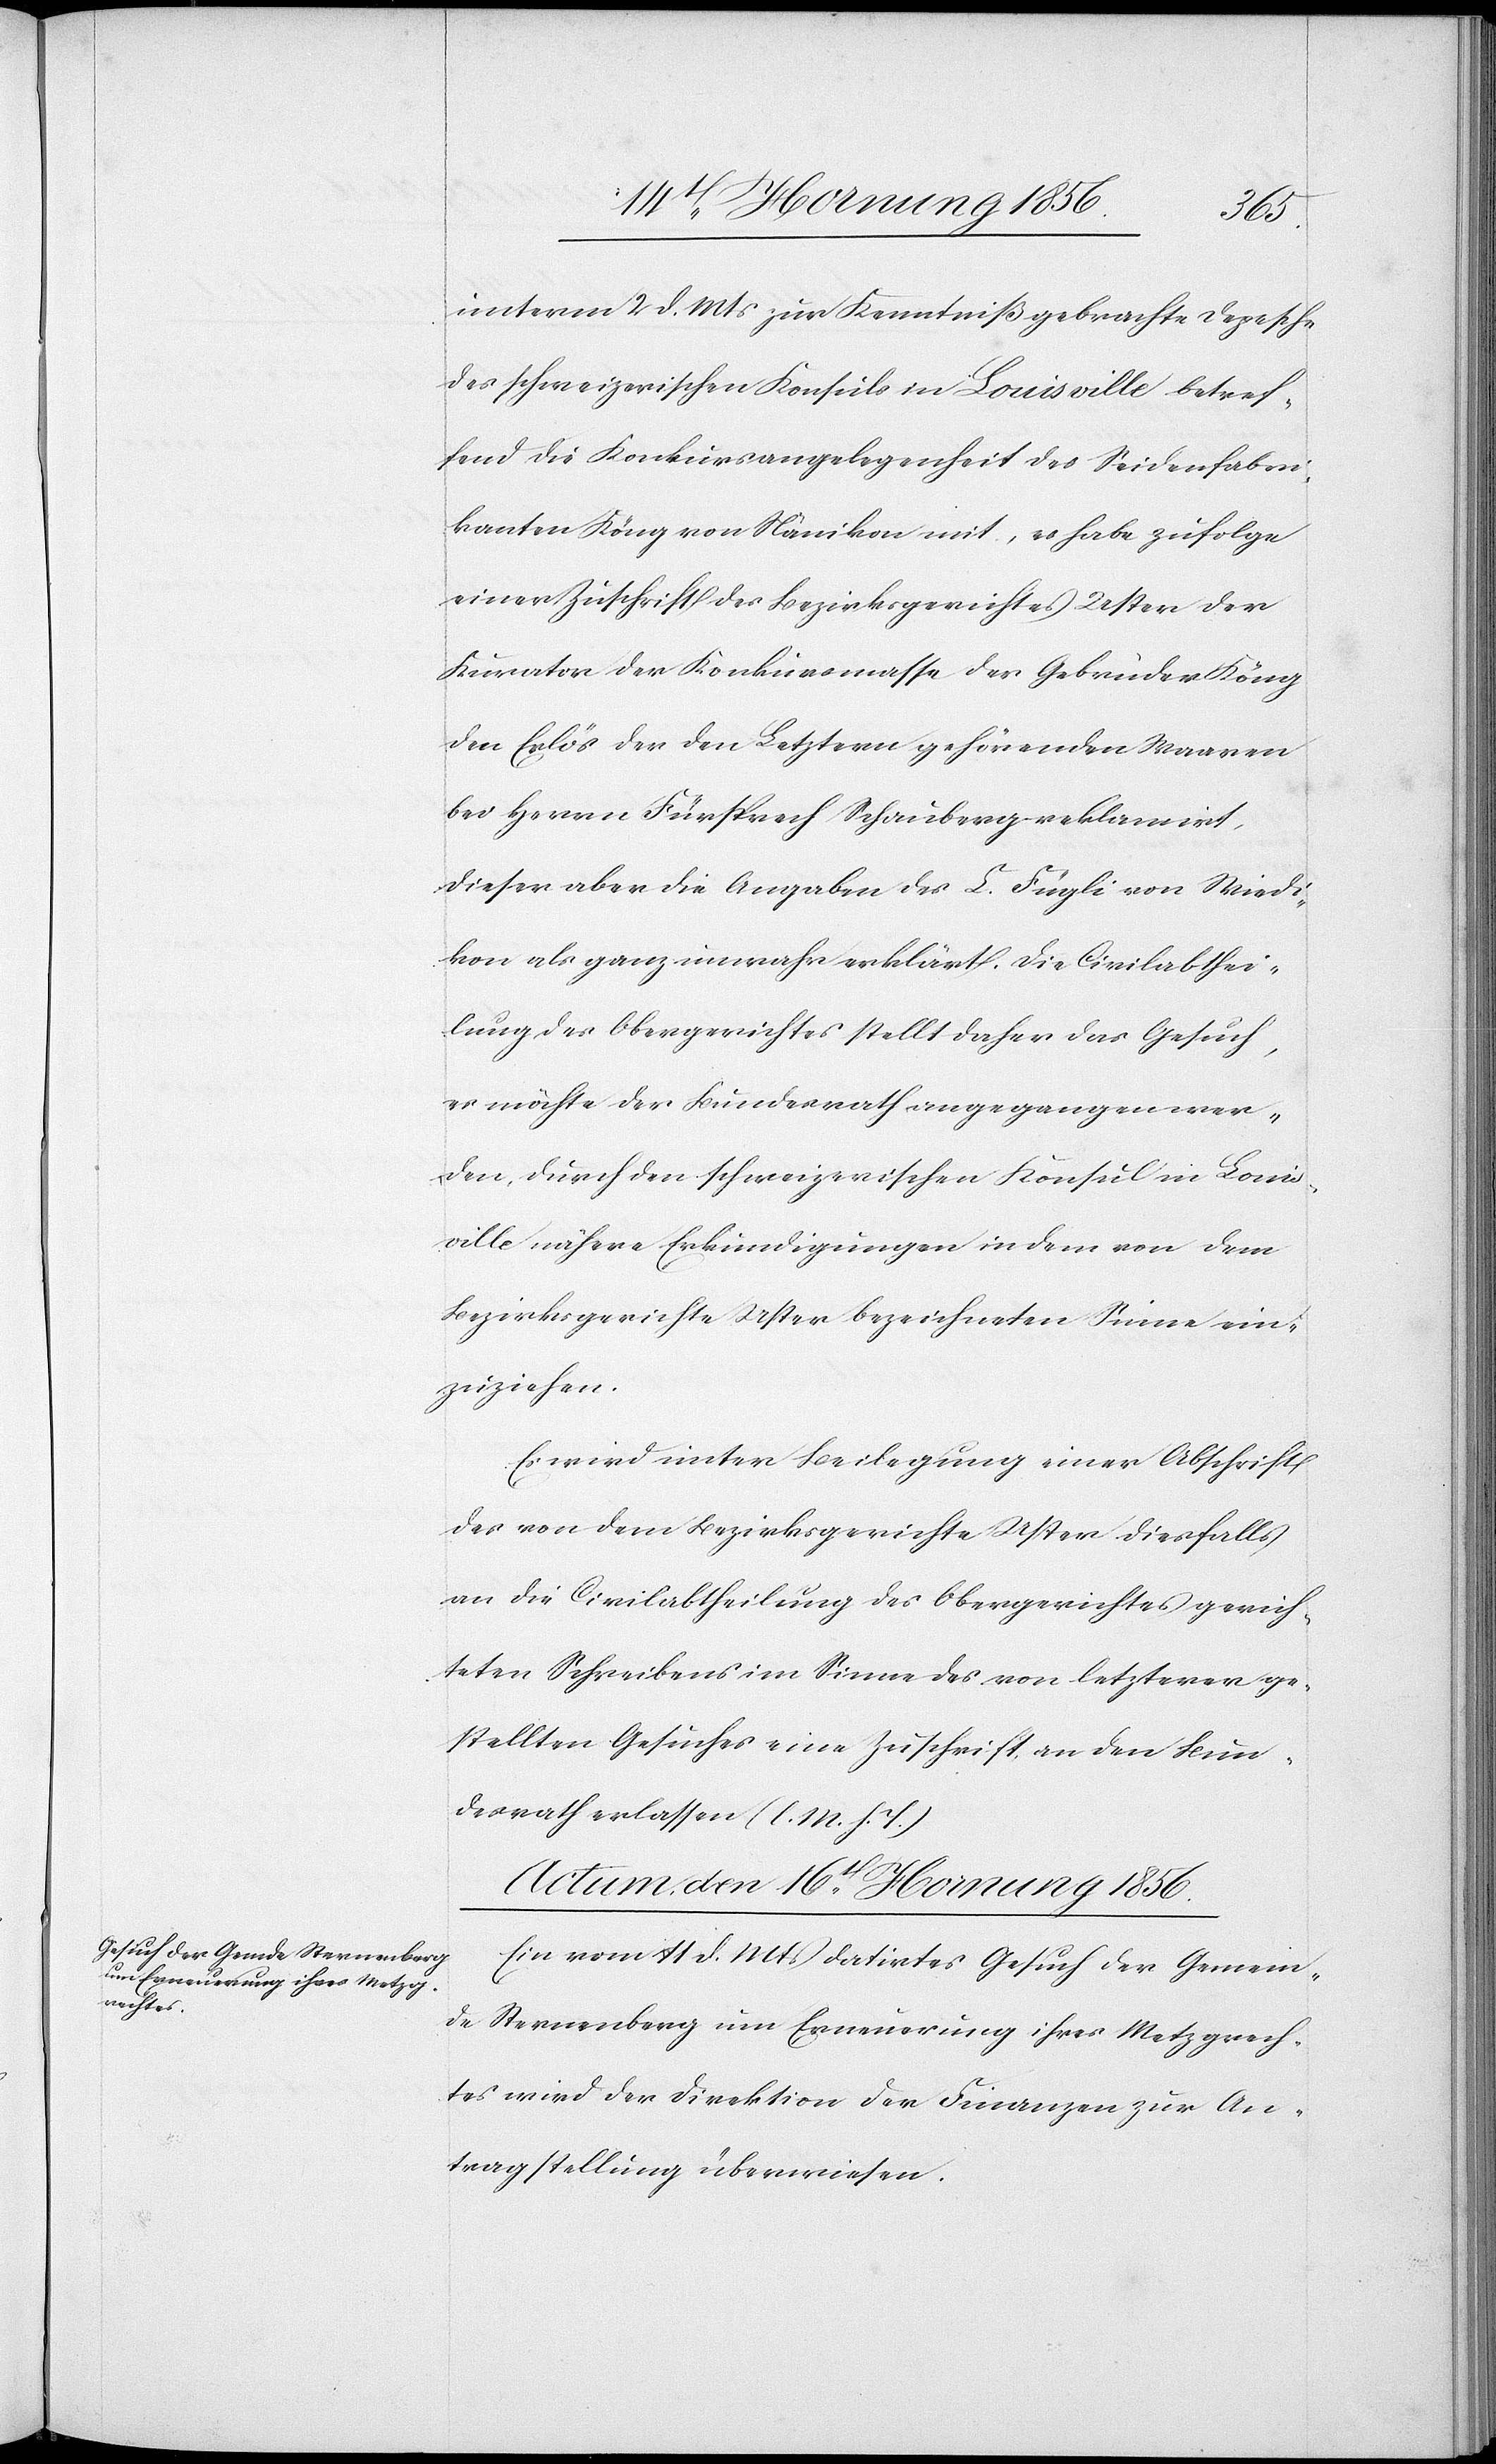
unterm 2 d. Mts zur Kenntniß gebrachte Depesche
des schweizerischen Konsuls in Louisville betref¬
fend die Konkursangelegenheit des Seidenfabri¬
kanten Köng von Nänikon mit, es habe zufolge
einer Zuschrift des Bezirksgerichtes Uster der
Kurator der Konkursmasse der Gebrüder Köng
den Erlös der den Letztern gehörenden Waaren
bei Herrn Fürsprech Schauberg reklamirt,
dieser aber die Angaben des L. Fügli von Wiedi¬
kon als ganz unwahr erklärt, die Civilabthei¬
lung des Obergerichtes stellt daher das Gesuch,
es möchte der Bundesrath angegangen wer¬
den, durch den schweizerischen Konsul in Louis¬
ville nähere Erkundigungen in dem von dem
Bezirksgerichte Uster bezeichneten Sinne ein¬
zuziehen.
Es wird unter Beilegung einer Abschrift
des von dem Bezirksgerichte Uster diesfalls
an die Civilabtheilung des Obergerichtes gerich¬
teten Schreibens im Sinne des von letzterer ge¬
stellten Gesuches eine Zuschrift an den Bun¬
desrath erlassen (l. M. h. T.)
Actum, den 16t Hornung 1856.
Ein vom 11 d. Mts datirtes Gesuch der Gemein¬
de Sternenberg um Erneuerung ihres Metzgrech¬
tes wird der Direktion der Finanzen zur An¬
tragstellung überwiesen.